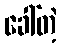
ခေါ်တဲ့